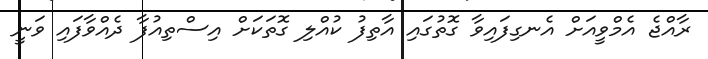
ރާއްޖެ އެމްވީއަށް އެނގިފައިވާ ގޮތުގައި އާތިފު ކުއްލި ގޮތަކަށް އިސްތިއުފާ ދެއްވާފައި ވަނީ